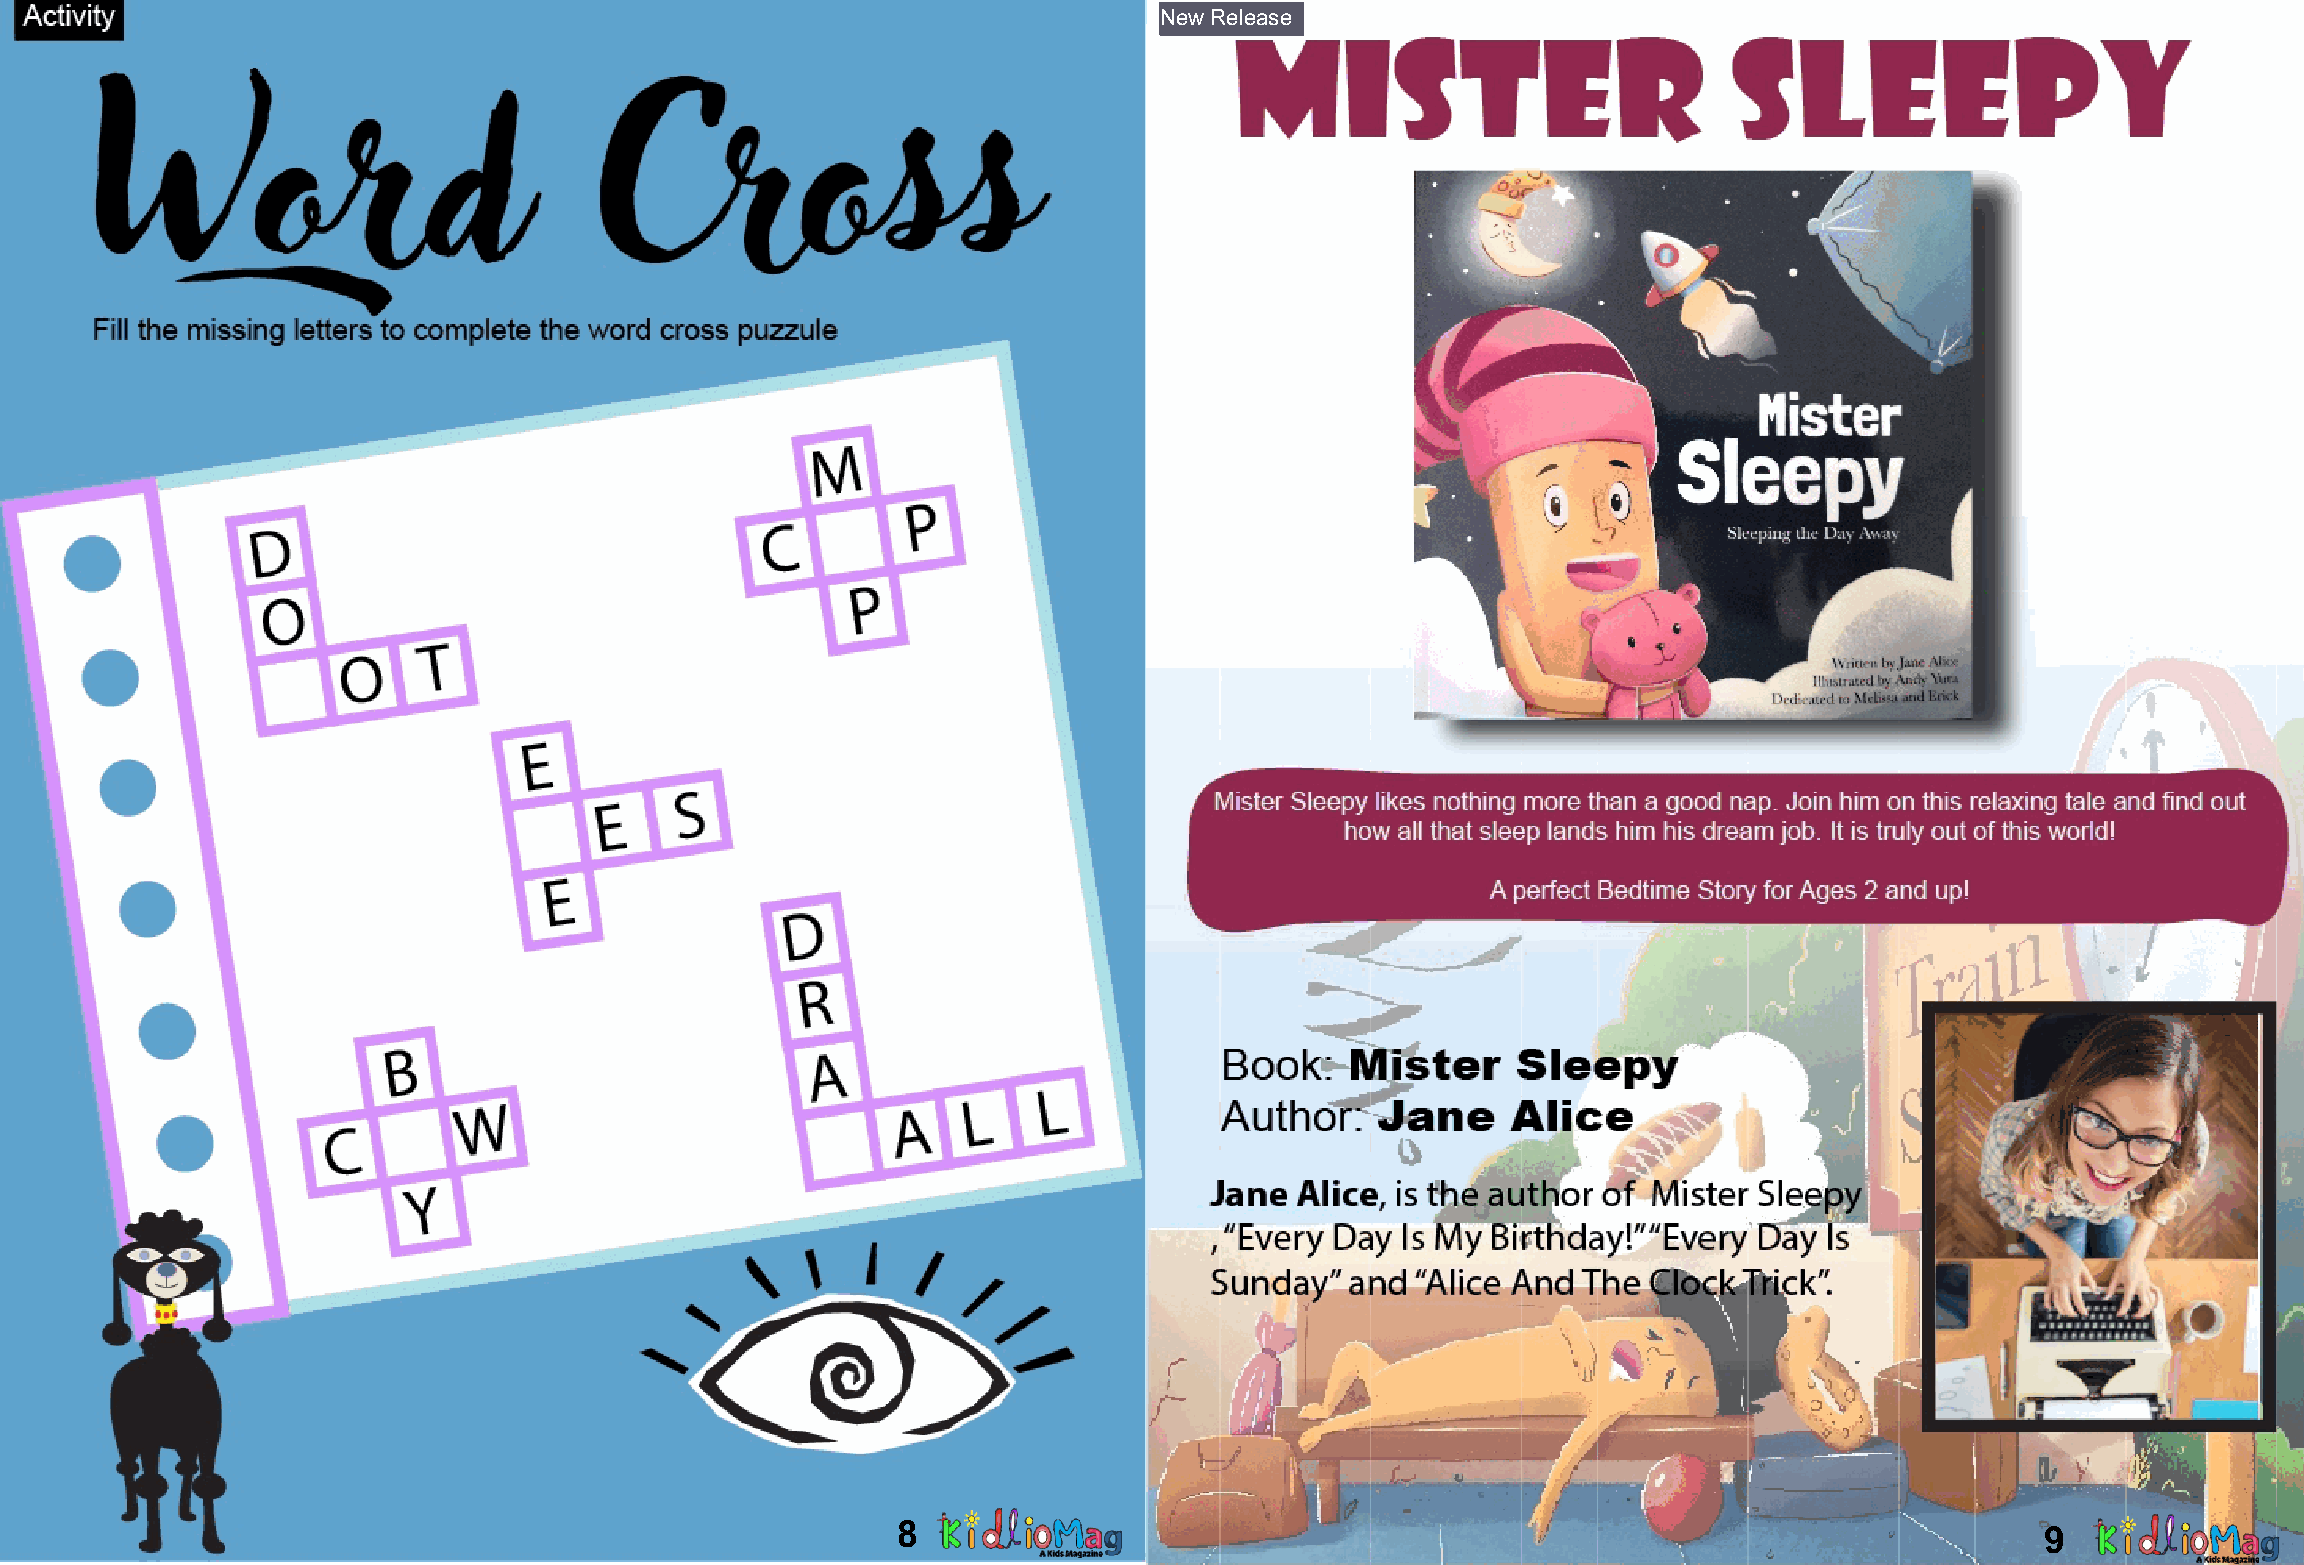
New Release
 8                                                                           9